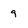
Character: 9